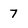
Character: 7